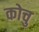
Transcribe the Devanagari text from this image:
कोचु